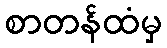
စာတန်ထံမှ